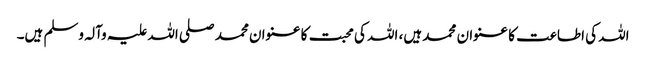
اللہ کی اطاعت کا عنوان محمد ہیں، اللہ کی محبت کا عنوان محمد صلی اللہ علیہ وآلہ وسلم ہیں۔